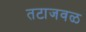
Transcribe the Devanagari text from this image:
तटाजवळ